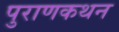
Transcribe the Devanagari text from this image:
पुराणकथन